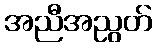
အညီအညွတ်